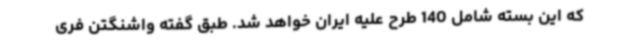
که این بسته شامل 140 طرح علیه ایران خواهد شد. طبق گفته واشنگتن فری